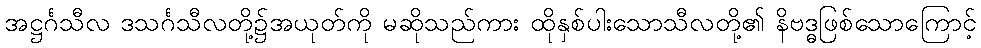
အဋ္ဌင်္ဂသီလ ဒသင်္ဂသီလတို့၌အယုတ်ကို မဆိုသည်ကား ထိုနှစ်ပါးသောသီလတို့၏ နိဗဒ္ဓဖြစ်သောကြောင့်